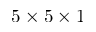
5 \times 5 \times 1